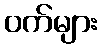
ဝက်များ